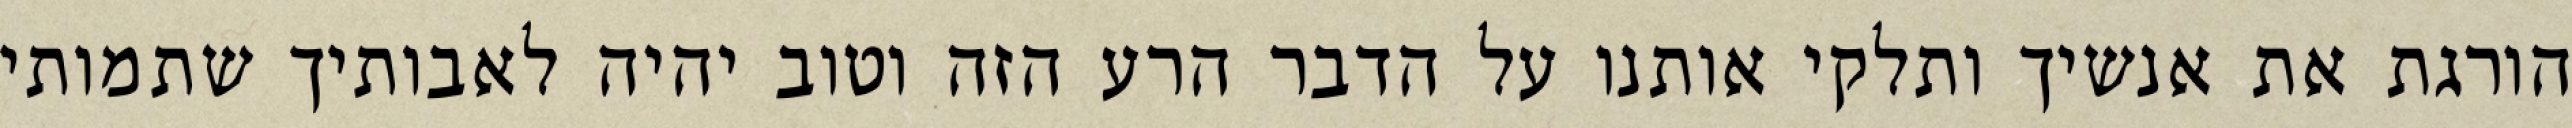
הורגת את אנשיך ותלקי אותנו על הדבר הרע הזה וטוב יהיה לאבותיך שתמותי